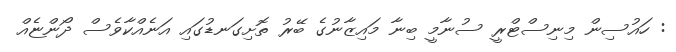
: ހައުސިން މިނިސްޓްރީ ސުނާމީ ބިނާ މައިޒާނުގެ ބޭރު ތޮށިގަނޑުގައި އަނެއްކާވެސް ދޯންޏެއް